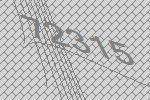
72315